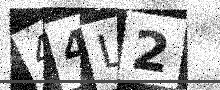
Text: 44L2